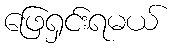
ဖြေရှင်းရမယ်